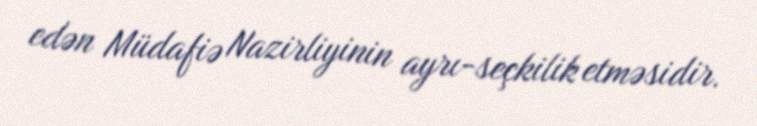
edən Müdafiə Nazirliyinin ayrı-seçkilik etməsidir.